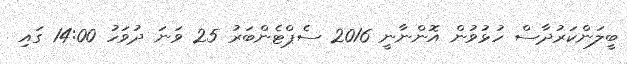
ބީލަންކަރުދާސް ހުޅުވުން އޮންނާނީ 2016 ސެޕްޓެންބަރު 25 ވަނަ ދުވަހު 14:00 ގައި